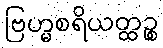
ဗြဟ္မစရိယတ္ထဉ္စ